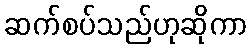
ဆက်စပ်သည်ဟုဆိုကာ